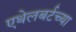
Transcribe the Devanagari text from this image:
एथेलबर्टच्या